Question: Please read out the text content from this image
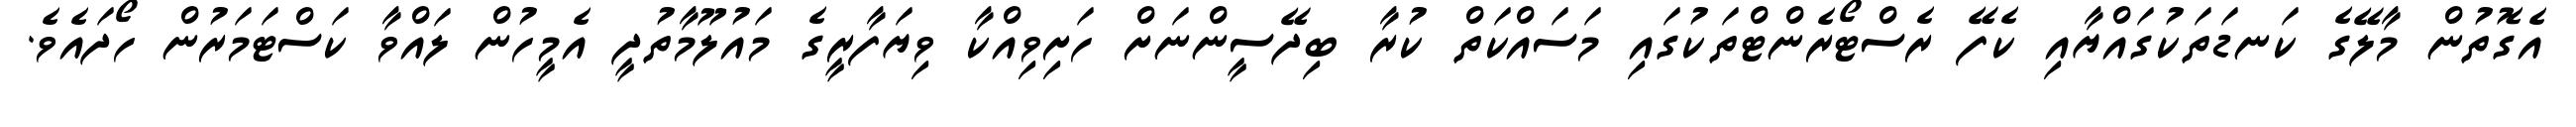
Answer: އެގޮތުން މާލޭގެ ކަނޑަތަކުގައްޔާއި ކެފޭ ރެސްޓޯރެންޓްތަކުގައި މަސައްކަތް ކުރާ ބިދޭސީންނަށް ހަށިވިއްކާ ވިޔަފާރީގެ މައުލޫމާތުދީ އެމީހުން ލައްވާ ކަސްޓަމަރުން ހޯދައެވެ.